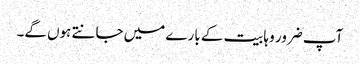
آپ ضرور وہابیت کے بارے میں جانتے ہوں گے۔